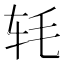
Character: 𬨁